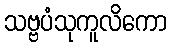
သဗ္ဗပံသုကူလိကော